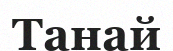
Танай